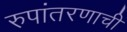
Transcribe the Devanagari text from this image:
रुपांतरणाची